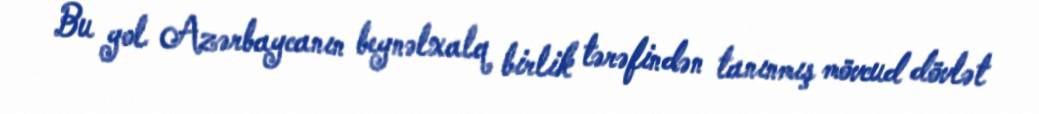
Bu yol Azərbaycanın beynəlxalq birlik tərəfindən tanınmış mövcud dövlət